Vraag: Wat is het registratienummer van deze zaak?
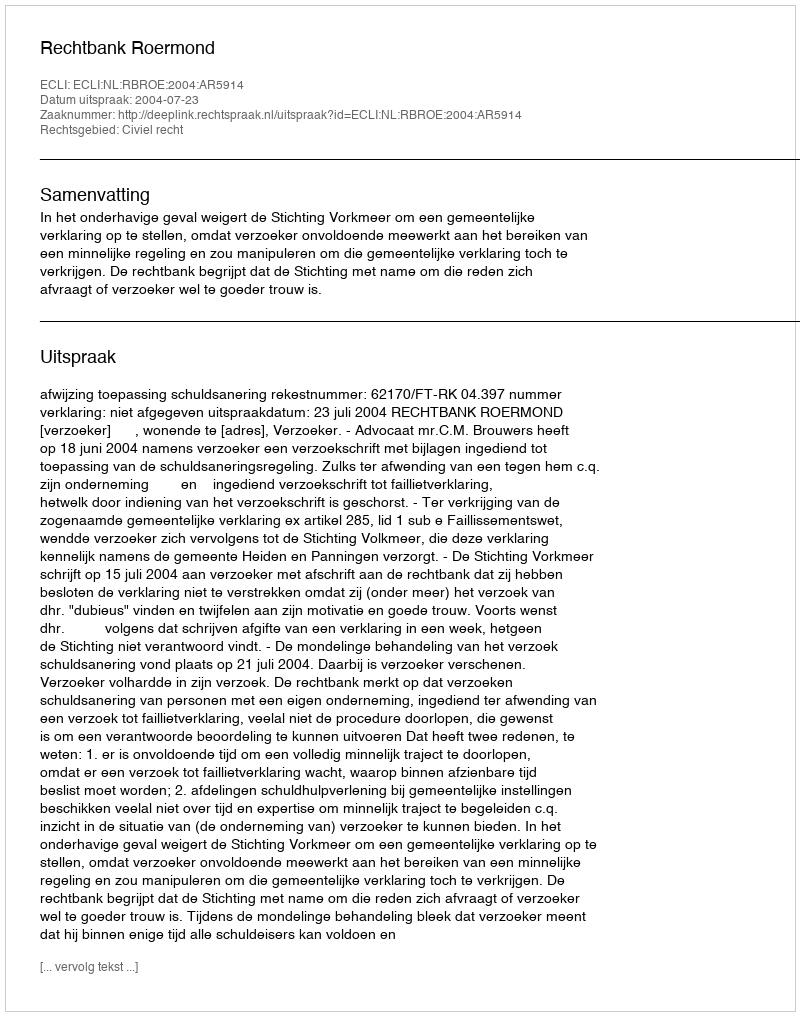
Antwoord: http://deeplink.rechtspraak.nl/uitspraak?id=ECLI:NL:RBROE:2004:AR5914